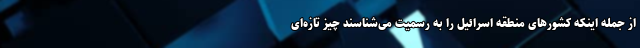
از جمله اینکه کشورهای منطقه اسرائیل را به رسمیت می‌شناسند چیز تازه‌ای